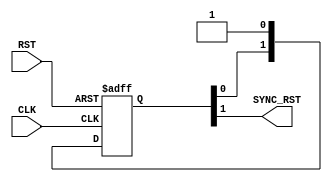

/////////////////////////////////////////////////////////////
/////////////////////// Clock Gating ////////////////////////
/////////////////////////////////////////////////////////////

module RST_SYNC # ( 
    parameter NUM_STAGES = 2 
)(	
input    wire     RST,
input    wire     CLK,
output   wire     SYNC_RST
);

//internal connections
		
reg   [NUM_STAGES-1:0]    sync_reg;
		

//double flop synchronizer
always @(posedge CLK or negedge RST)
 begin
  if(!RST)      // active low
   begin
    sync_reg <= 'b0 ;
   end
  else
   begin
    sync_reg <= {sync_reg[NUM_STAGES-2:0],1'b1} ;
   end  
 end
 
 
assign  SYNC_RST = sync_reg[NUM_STAGES-1] ;



endmodule